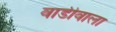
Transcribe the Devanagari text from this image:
वाडीवाला